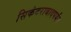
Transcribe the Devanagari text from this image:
सिकंदराबादपर्यंत